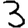
Digit: 3